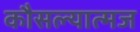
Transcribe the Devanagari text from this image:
कौसल्यात्मज